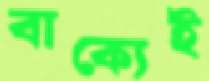
বাক্যেই